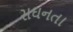
સઘનતા